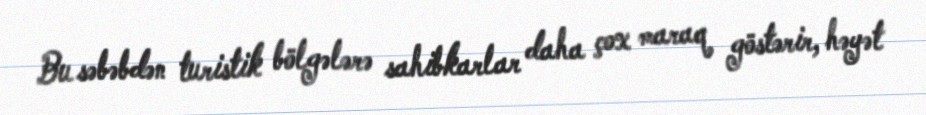
Bu səbəbdən turistik bölgələrə sahibkarlar daha çox maraq göstərir, həyət